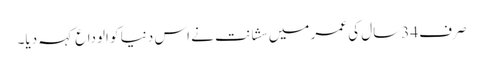
صرف 34سال کی عمر میں سشانت نے اس دنیا کو الوداع کہہ دیا۔